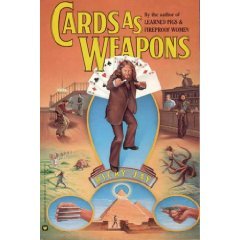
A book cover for Cards As Weapons; Ricky Jay; Humor & Entertainment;